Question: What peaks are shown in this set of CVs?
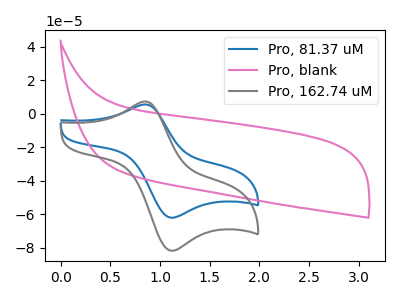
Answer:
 <answer>The blue curve "Pro, 81.37 uM" has an anodic peak at (0.85V, 5.60uA) and a cathodic peak at (1.10V, -61.95uA). The pink curve "Pro, blank" has no peaks. The gray curve "Pro, 162.74 uM" has an anodic peak at (0.85V, 7.35uA) and a cathodic peak at (1.10V, -81.60uA).</answer>
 <eval></eval>